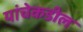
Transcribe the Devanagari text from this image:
यांचेकडील